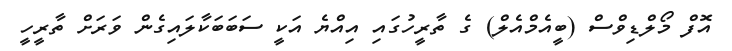
އޮފް މޯލްޑިވްސް (ބީއެމްއެލް) ގެ ތާރީހުގައި އިއްޔެ އަކީ ސަބަބަކާލައިގެން ވަރަށް ތާރީހީ